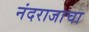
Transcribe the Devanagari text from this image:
नंदराजाचा